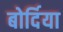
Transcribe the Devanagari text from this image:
बोर्दिया